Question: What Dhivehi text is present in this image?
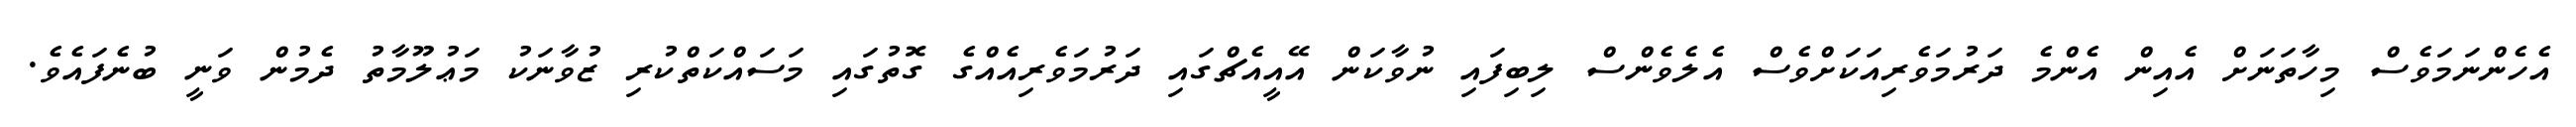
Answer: އެހެންނަމަވެސް މިހާތަނަށް އެއިން އެންމެ ދަރުމަވެރިއަކަށްވެސް އެލެވެންސް ލިބިފައި ނުވާކަން އޭއީއެޗްގައި ދަރުމަވެރިއެއްގެ ގޮތުގައި މަސައްކަތްކުރި ޒުވާނަކު މަޢުލޫމާތު ދެމުން ވަނީ ބުނެފައެވެ.